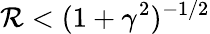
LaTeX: \mathcal R<(1+\gamma^{2})^{-1/2}